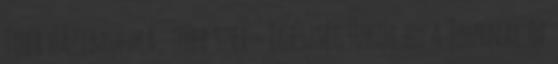
Több házimunka, több szex - Egészségtükör.hu A Journal of